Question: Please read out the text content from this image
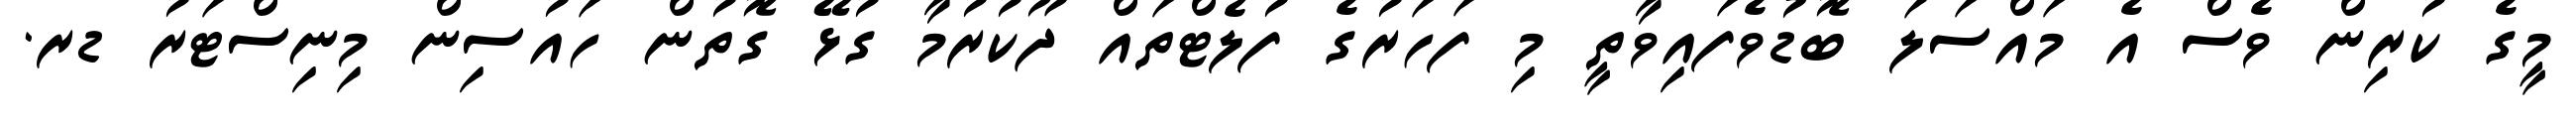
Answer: މީގެ ކުރިން ވެސް އެ މައްސަލަ ބޮޑުވެފައިވާތީ މި ފަހަރުގެ ފުލެޓްތައް ދޫކުރުމާ ގުޅޭ ގޮތުން ހައުސިން މިނިސްޓަރު ޑރ.